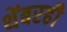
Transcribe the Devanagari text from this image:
थेंबरही